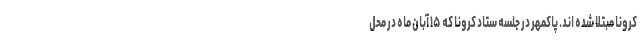
کرونا مبتلا شده اند. پاکمهر در جلسه ستاد کرونا که ۱۵ آبان ماه در محل